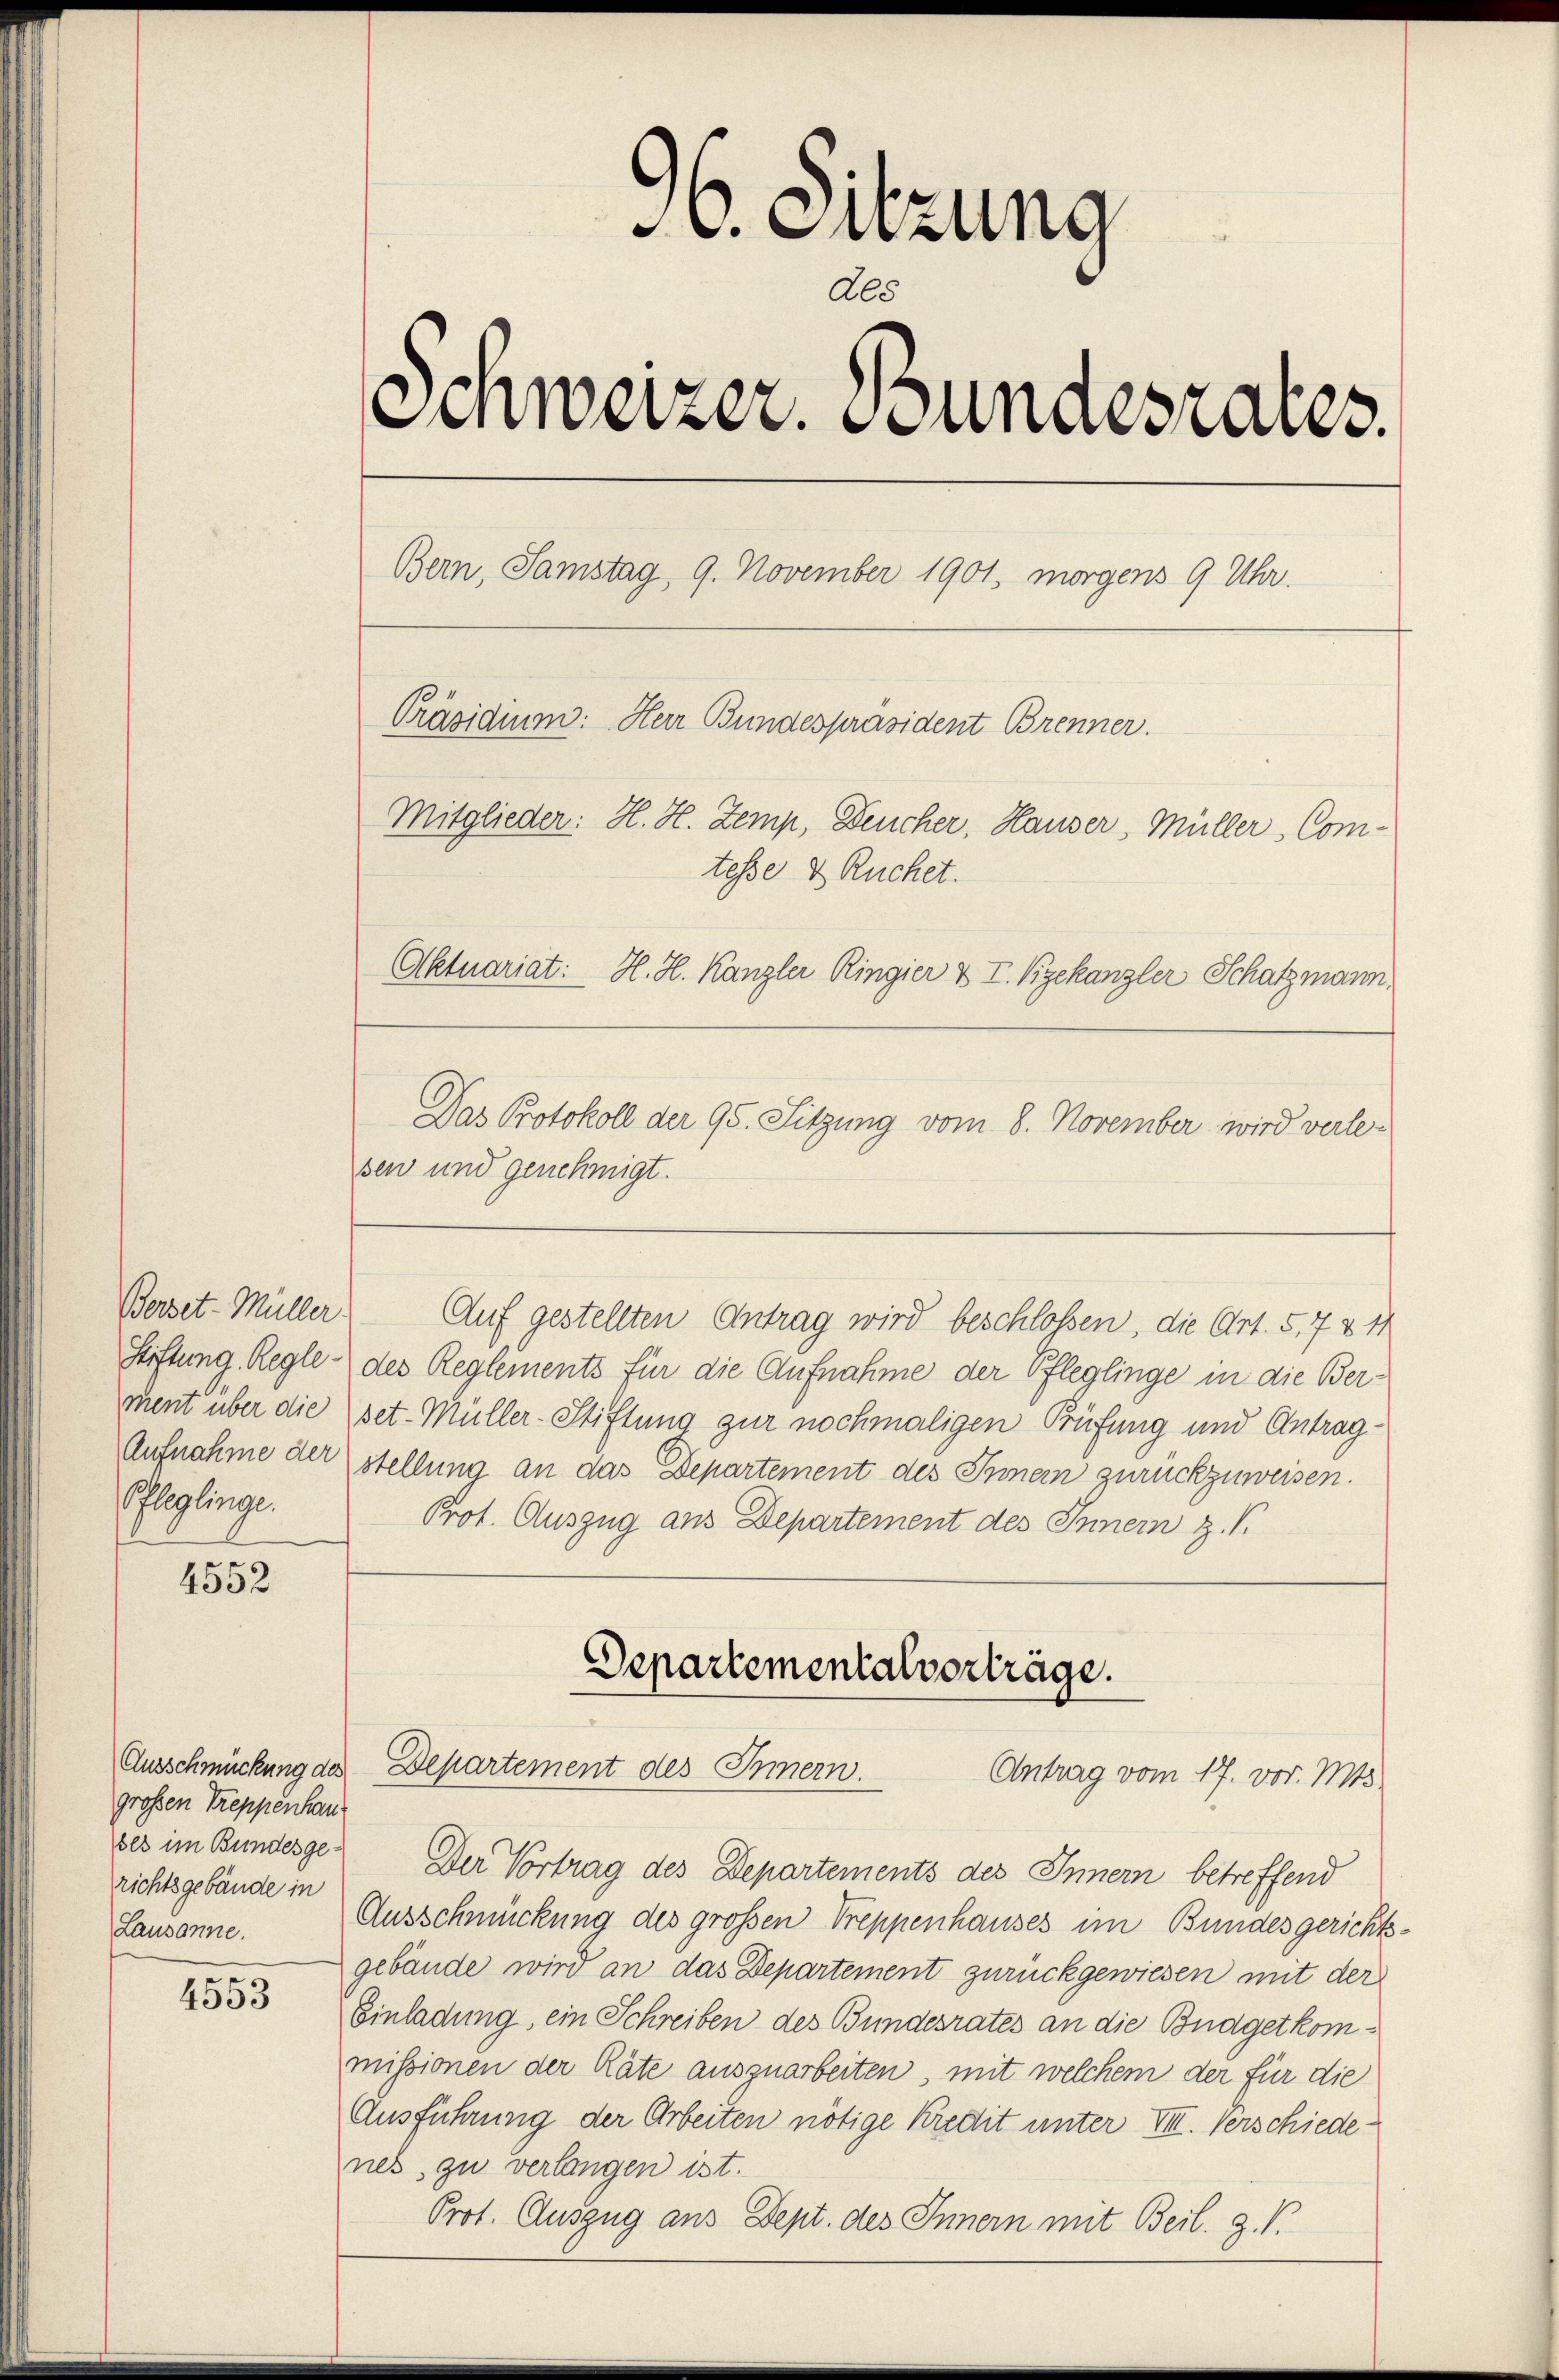
ment über die
Aufnahme der
Pleglinge.

4552

grossen Treppenhau
richtsgebäude in
Lausanne.

4553

96. Sitzung
Als
Schweizer. Bundesrates.
Bern, Samstag, 9. November 1901, morgens 9 Uhr.
Präsidium. Herr Bundespräsident Brenner.
Mitglieder: H. H. Zemp, Deucher, Hauser, Müller, Comtesse & Ruchet.
Aktuariat: H. H. Kanzler Ringier & T. Vizekanzler Schatzmann,

sen und genehmigt.
Berset-Müller Auf gestellten Antrag wird beschlossen, die Art. 5,7 & 11
Stiftung, Regle des Reglements für die Aufnahme der Pfleglinge in die Ber-
set-Müller-Stiftung zur nochmaligen Prüfung und Antragstellung an das Departement des Innern zurückzuweisen.
Prot. Auszug aus Departement des Innern z. S.

Das Protokoll der 95. Sitzung vom 8. November wird verle-

Departementalvorträge.
Ausschmückung des Departement des Innern.
Antrag vom 17. vor. Mts.

ses im Bundesge- Der Vortrag des Departements des Innern betreffend
Ausschmückung des großen Treppenhauses im Bundesgerichtsgebäude wird an das Departement zurückgewiesen mit der
Einladung, ein Schreiben des Bundesrates an die Budgetkommissionen der Räte auszuarbeiten, mit welchem der für die
Ausführung der Arbeiten nötige Kredit unter VIII. Verschiede
nes, zu verlangen ist.
Prot. Auszug aus Dept. des Innern mit Beil. Z. V.